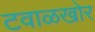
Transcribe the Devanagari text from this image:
टवाळखोर